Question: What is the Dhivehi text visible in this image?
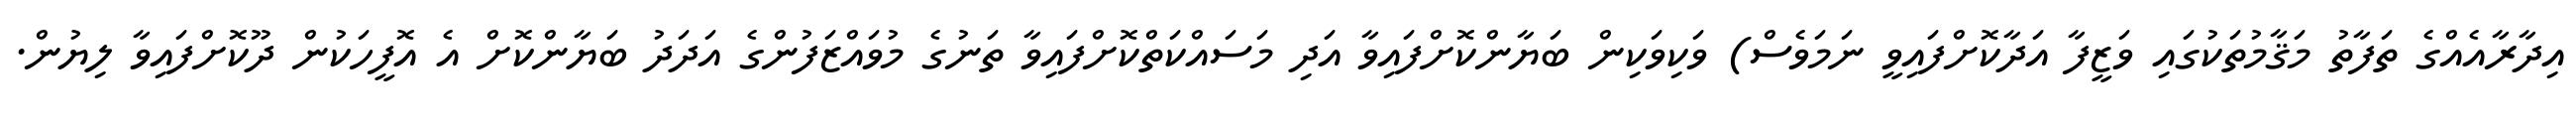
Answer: އިދާރާއެއްގެ ތަފާތު މަޤާމުތަކުގައި ވަޒީފާ އަދާކޮށްފައިވީ ނަމަވެސް) ވަކިވަކިން ބަޔާންކޮށްފައިވާ އަދި މަސައްކަތްކޮށްފައިވާ ތަނުގެ މުވައްޒަފުންގެ އަދަދު ބަޔާންކޮށް އެ އޮފީހަކުން ދޫކޮށްފައިވާ ލިޔުން.